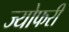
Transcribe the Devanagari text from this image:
ज्योफरी